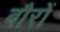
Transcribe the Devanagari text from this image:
बौरों